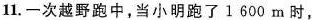
11.一次越野跑中，当小明跑了1600m时，